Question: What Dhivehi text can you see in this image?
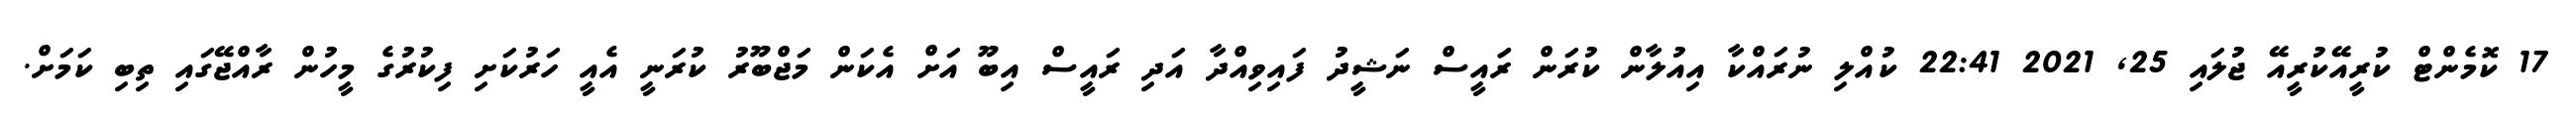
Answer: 17 ކޮމެންޓް ކުރީއޭކުރީއޭ ޖުލައި 25, 2021 22:41 ކުއްލި ނުރައްކާ އިއުލާން ކުރަން ރަައީސް ނަޝީދު ފައިވިއްދާ އަދި ރައީސް އިބޫ އަށް އެކަން މަޖްބޫރު ކުރަނީ އެއީ ހަރުކަށި ފިކުރުގެ މީހުން ރާއްޖޭގައި ތިބި ކަމަށް.